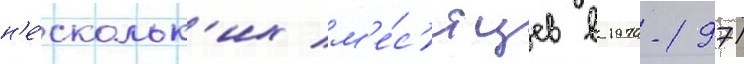
н'е́скольк'их м'е́с'яцев в 1970-1971